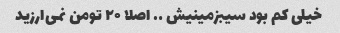
خیلی کم بود سیبزمینیش …. اصلا ۲۰ تومن نمی‌ارزید